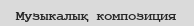
Музыкалық композиция